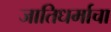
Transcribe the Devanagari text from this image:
जातिधर्माचा